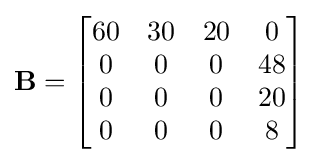
\mathbf {B} ={\begin{bmatrix}60&30&20&0\\0&0&0&48\\0&0&0&20\\0&0&0&8\\\end{bmatrix}}